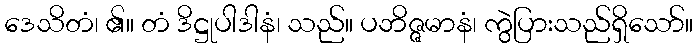
ဒေသိတံ၊ ၏။ တံ ဒိဋ္ဌုပါဒါနံ၊ သည်။ ပဘိဇ္ဇမာနံ၊ ကွဲပြားသည်ရှိသော်။